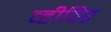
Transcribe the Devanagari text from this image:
व्हीविर